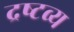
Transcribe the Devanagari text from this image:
द्रष्‍टव्‍य